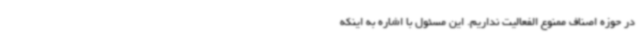
در حوزه اصناف ممنوع الفعالیت نداریم. این مسئول با اشاره به اینکه